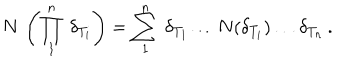
LaTeX: N \, \left( \prod _ { 1 } ^ { n } \, \delta _ { T _ { i } } \right) = \sum _ { 1 } ^ { n } \, \delta _ { T _ { 1 } } \ldots N ( \delta _ { T _ { i } } ) \ldots \delta _ { T _ { n } } \, .